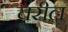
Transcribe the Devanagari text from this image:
चरील